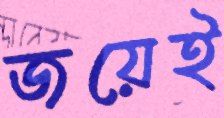
জয়েই